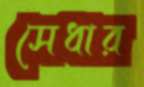
সেধার